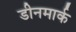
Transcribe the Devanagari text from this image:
डीनमार्क